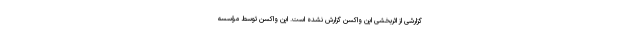
گزارشی از اثربخشی این واکسن گزارش نشده است. این واکسن توسط مؤسسه